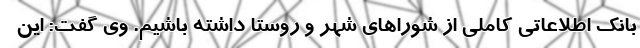
بانک اطلاعاتی کاملی از شوراهای شهر و روستا داشته باشیم. وی گفت: این